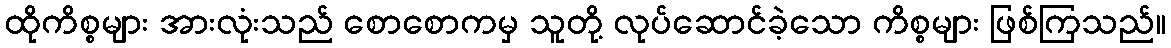
ထိုကိစ္စများ အားလုံးသည် စောစောကမှ သူတို့ လုပ်ဆောင်ခဲ့သော ကိစ္စများ ဖြစ်ကြသည်။